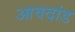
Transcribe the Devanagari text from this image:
आवदांड